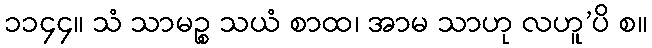
၁၁၄၄။ သံ သာမဉ္စ သယံ စာထ၊ အာမ သာဟု လဟူ’ပိ စ။